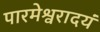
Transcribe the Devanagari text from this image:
पारमेश्वरादयं